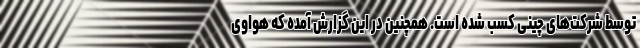
توسط شرکت‌های چینی کسب شده است. همچنین در این گزارش آمده که هواوی